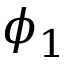
\phi _ { 1 }